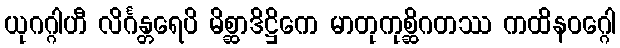
ယုဂဂ္ဂါဟီ လိင်္ဂန္တရေပိ မိစ္ဆာဒိဋ္ဌိကေ မာတုကုစ္ဆိဂတဿ ကထိနဝဂ္ဂေါ